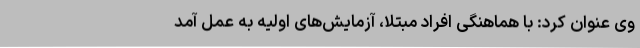
وی عنوان کرد: با هماهنگی افراد مبتلا، آزمایش‌های اولیه به عمل آمد